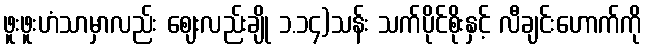
ဖူးဖူးဟံသာမှာလည်း ဈေးလည်းချို ၁.၁၄)သန်း သက်ပိုင်စိုးနှင့် လီချင်းဟောက်ကို